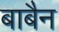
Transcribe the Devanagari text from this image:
बाबैन